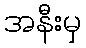
အနီးမှ